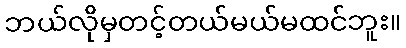
ဘယ်လိုမှတင့်တယ်မယ်မထင်ဘူး။